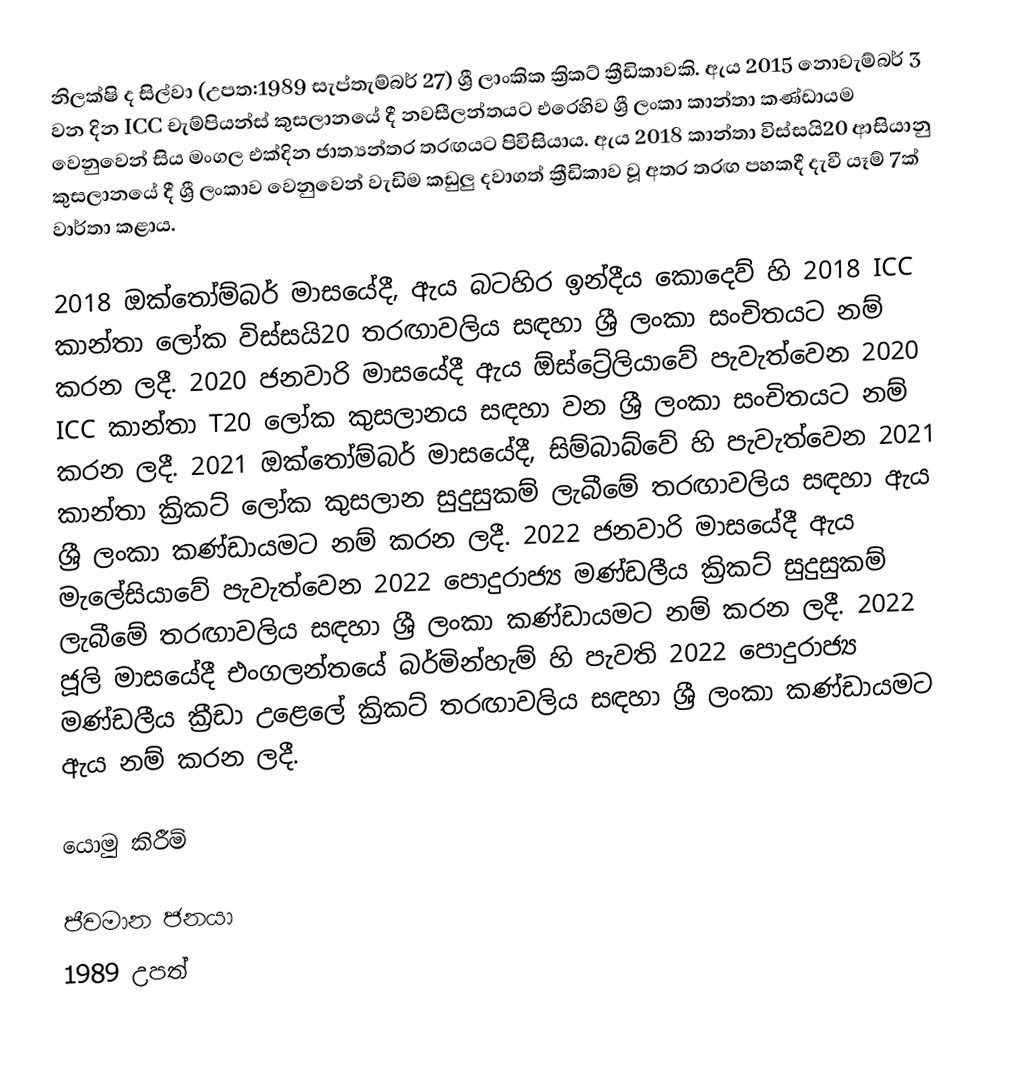
නිලක්ෂි ද සිල්වා (උපත:1989 සැප්තැම්බර් 27) ශ්‍රී ලාංකික ක්‍රිකට් ක්‍රීඩිකාවකි. ඇය 2015 නොවැම්බර් 3 වන දින ICC චැම්පියන්ස් කුසලානයේ දී නවසීලන්තයට එරෙහිව ශ්‍රී ලංකා කාන්තා කණ්ඩායම වෙනුවෙන් සිය මංගල එක්දින ජාත්‍යන්තර තරඟයට පිවිසියාය. ඇය 2018 කාන්තා විස්සයි20 ආසියානු කුසලානයේ දී ශ්‍රී ලංකාව වෙනුවෙන් වැඩිම කඩුලු දවාගත් ක්‍රීඩිකාව වූ අතර තරඟ පහකදී දැවී යෑම් 7ක් වාර්තා කළාය.

2018 ඔක්තෝම්බර් මාසයේදී, ඇය බටහිර ඉන්දීය කොදෙව් හි 2018 ICC කාන්තා ලෝක විස්සයි20 තරඟාවලිය සඳහා ශ්‍රී ලංකා සංචිතයට නම් කරන ලදී. 2020 ජනවාරි මාසයේදී ඇය ඕස්ට්‍රේලියාවේ පැවැත්වෙන 2020 ICC කාන්තා T20 ලෝක කුසලානය සඳහා වන ශ්‍රී ලංකා සංචිතයට නම් කරන ලදී. 2021 ඔක්තෝම්බර් මාසයේදී, සිම්බාබ්වේ හි පැවැත්වෙන 2021 කාන්තා ක්‍රිකට් ලෝක කුසලාන සුදුසුකම් ලැබීමේ තරඟාවලිය සඳහා ඇය ශ්‍රී ලංකා කණ්ඩායමට නම් කරන ලදී. 2022 ජනවාරි මාසයේදී ඇය මැලේසියාවේ පැවැත්වෙන 2022 පොදුරාජ්‍ය මණ්ඩලීය ක්‍රිකට් සුදුසුකම් ලැබීමේ තරඟාවලිය සඳහා ශ්‍රී ලංකා කණ්ඩායමට නම් කරන ලදී. 2022 ජූලි මාසයේදී එංගලන්තයේ බර්මින්හැම් හි පැවති 2022 පොදුරාජ්‍ය මණ්ඩලීය ක්‍රීඩා උළෙලේ ක්‍රිකට් තරඟාවලිය සඳහා ශ්‍රී ලංකා කණ්ඩායමට ඇය නම් කරන ලදී.

යොමු කිරීම්

ජීවමාන ජනයා
1989 උපත්